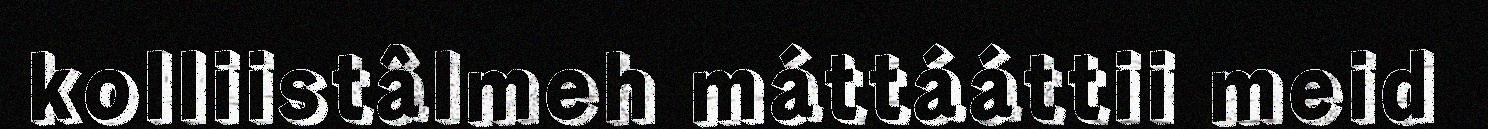
kolliistâlmeh máttááttii meid